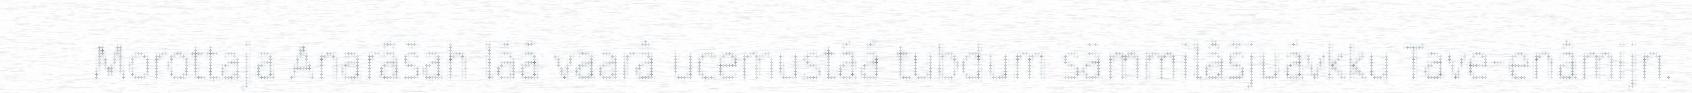
Morottaja Anarâšah láá vaarâ ucemustáá tubdum sämmilâšjuávkku Tave-enâmijn.